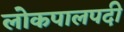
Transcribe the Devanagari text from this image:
लोकपालपदी